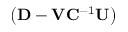
\left( \mathbf { D } - \mathbf { V } \mathbf { C } ^ { - 1 } \mathbf { U } \right)